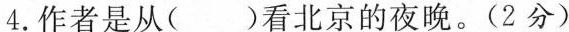
4.作者是从（ ）看北京的夜晚。（2分）